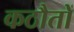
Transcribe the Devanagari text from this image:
कठौतों